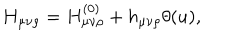
H _ { \mu \nu \rho } = H _ { \mu \nu \rho } ^ { ( 0 ) } + h _ { \mu \nu \rho } \theta ( u ) ,